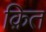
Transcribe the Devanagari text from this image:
क़ित